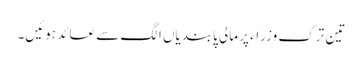
تین ترک وزراء پر مالی پابندیاں الگ سے عائد ہوئیں۔